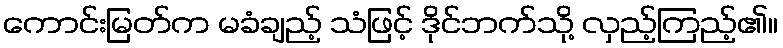
ကောင်းမြတ်က မခံချည့် သံဖြင့် ဒိုင်ဘက်သို့ လှည့်ကြည့်၏။